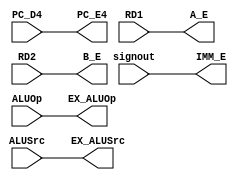
module ID_EX(PC_D4, RD1, RD2, signout, ALUSrc, ALUOp, PC_E4, A_E, B_E, IMM_E, EX_ALUSrc, EX_ALUOp);

    input [31:0] PC_D4;
    input [31:0] RD1;
    input [31:0] RD2;
    input [31:0] signout;
    input ALUSrc;
    input ALUOp;

    output reg [31:0] PC_E4;
    output reg [31:0] A_E;
    output reg [31:0] B_E;
    output reg [31:0] IMM_E;
    output reg EX_ALUSrc;
    output reg EX_ALUOp;



    always @(*) begin
        PC_E4 <= PC_D4;
        A_E <= RD1;
        B_E <= RD2;
        IMM_E <= signout;
        EX_ALUSrc <= ALUSrc;
        EX_ALUOp <= ALUOp;
    end


endmodule